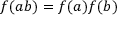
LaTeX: f ( a b ) = f ( a ) f ( b )